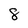
Character: 8